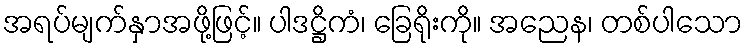
အရပ်မျက်နှာအဖို့ဖြင့်။ ပါဒဋ္ဌိကံ၊ ခြေရိုးကို။ အညေန၊ တစ်ပါသော